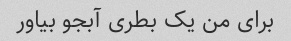
برای من یک بطری آبجو بیاور